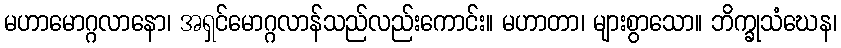
မဟာမောဂ္ဂလာနော၊ အရှင်မောဂ္ဂလာန်သည်လည်းကောင်း။ မဟာတာ၊ များစွာသော။ ဘိက္ခုသံဃေန၊